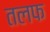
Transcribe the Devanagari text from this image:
तलफ